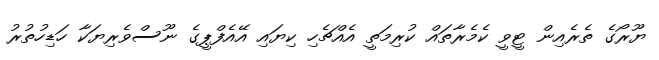
ޔޫރޯގެ ތެރެއިން ޓީވީ ކެމެރާތައް ކުރިމަތީ އެއްޗެހި ކިޔައި އޭއެފްޕީގެ ނޫސްވެރިޔަކާ ހަޑިހުތުރު